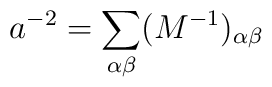
a^{-2}=\sum_{\alpha\beta}(M^{-1})_{\alpha\beta}